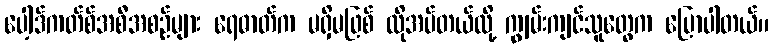
ပေါ့ဒ်ကတ်စ်အစီအစဉ်များ ရေဓာတ်က မရှိမဖြစ် လိုအပ်တယ်လို့ ကျွမ်းကျင်သူတွေက ပြောပါတယ်။